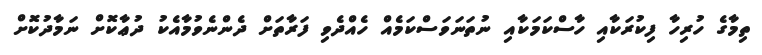
ތިމާގެ ހުރިހާ ފިކުރަކާއި ހާސްކަމަކާއި ނުތަނަވަސްކަމެއް ހެއްދެވި ފަރާތަށް ދެންނެވުމާއެކު ދުޢާކޮށް ނަމާދުކޮށް